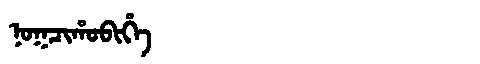
Manchu: ᠨᠣᡴᠴᡳᡥᠣᠪᡳᡥᡝ
Romanization: NOKCIHOBIHE